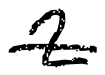
Text: 2
Cross-out: single-line
Writing tool: digital_black